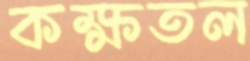
কক্ষতল